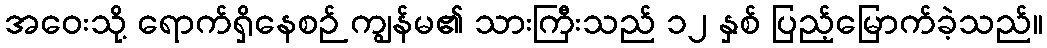
အဝေးသို့ ရောက်ရှိနေစဉ် ကျွန်မ၏ သားကြီးသည် ၁၂ နှစ် ပြည့်မြောက်ခဲ့သည်။